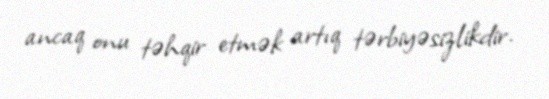
ancaq onu təhqir etmək artıq tərbiyəsizlikdir.